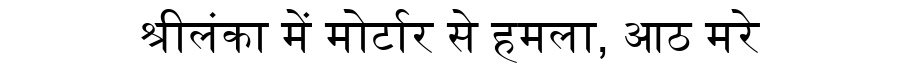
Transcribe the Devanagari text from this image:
श्रीलंका में मोर्टार से हमला, आठ मरे